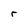
Character: r